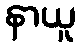
နာယူ